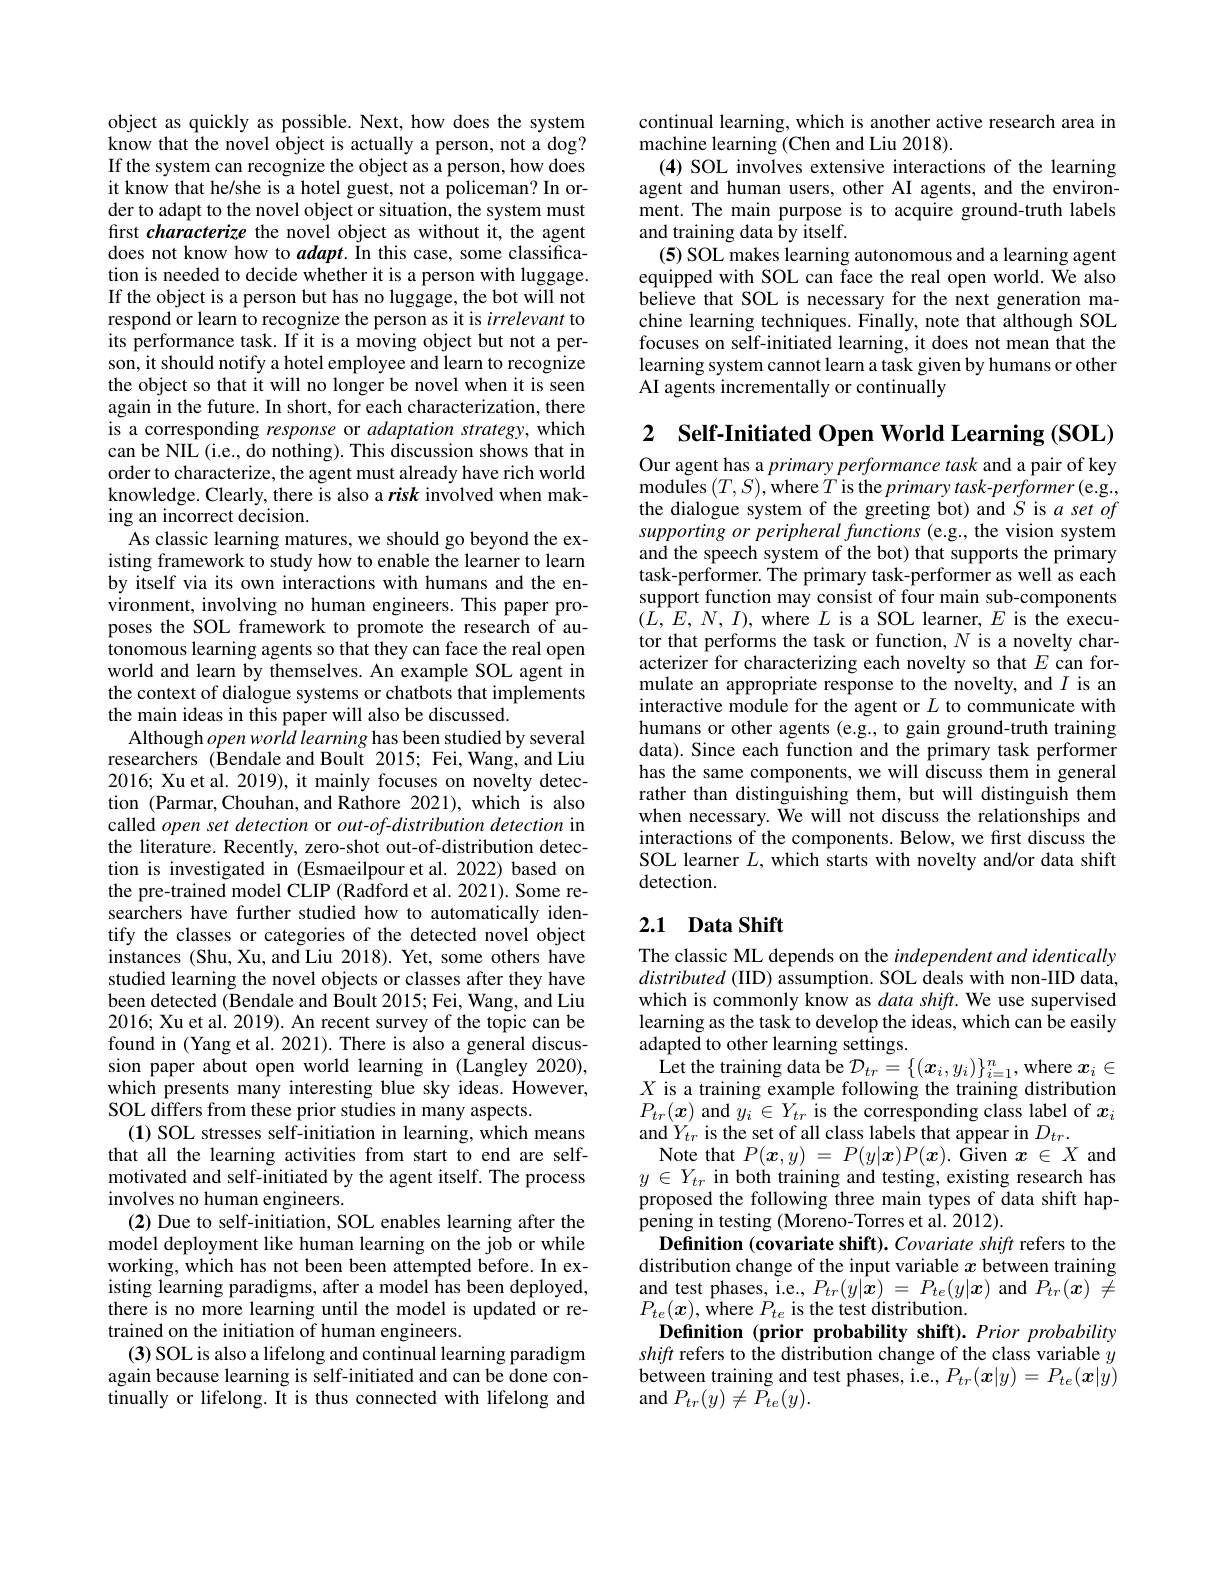
object as quickly as possible. Next, how does the system know that the novel object is actually a person, not a dog? If the system can recognize the object as a person, how does it know that he/she is a hotel guest, not a policeman? In order to adapt to the novel object or situation, the system must first characterize the novel object as without it, the agent does not know how to $adapt.$ In this case, some classification is needed to decide whether it is a person with luggage. If the object is a person but has no luggage, the bot will not respond or learn to recognize the person as it is irrelevant to its performance task. If it is a moving object but not a person, it should notify a hotel employee and learn to recognize the object so that it will no longer be novel when it is seen again in the future. In short, for each characterization, there is a corresponding response or adaptation strategy, which can be NIL (i.e., do nothing). This discussion shows that in order to characterize, the agent must already have rich world knowledge. Clearly, there is also a risk involved when making an incorrect decision.
As classic learning matures, we should go beyond the existing framework to study how to enable the learner to learn by itself via its own interactions with humans and the environment, involving no human engineers. This paper proposes the SOL framework to promote the research of autonomous learning agents so that they can face the real open world and learn by themselves. An example SOL agent in the context of dialogue systems or chatbots that implements the main ideas in this paper will also be discussed.
Although $openworld\textit{learning has been studied by several}$ researchers (Bendale and Boult 2015; Fei, Wang, and Liu 2016; Xu et al. 2019), it mainly focuses on novelty detection (Parmar,Chouhan,and Rathore 2021), which is also called open set detection or out-of-distribution detection in the literature. Recently, zero-shot out-of-distribution detection is investigated in (Esmaeilpour et al. 2022) based on the pre-trained model CLIP (Radford et al. 2021). Some researchers have further studied how to automatically identify the classes or categories of the detected novel object instances (Shu, Xu, and Liu 2018). Yet, some others have studied learning the novel objects or classes after they have been detected (Bendale and Boult 2015; Fei, Wang, and Liu 2016; Xu et al. 2019). An recent survey of the topic can be found in (Yang et al. 2021). There is also a general discussion paper about open world learning in (Langley 2020), which presents many interesting blue sky ideas. However, SOL differs from these prior studies in many aspects.
(1) SOL stresses self-initiation in learning, which means that all the learning activities from start to end are selfmotivated and self-initiated by the agent itself. The process involves no human engineers.
(2) Due to self-initiation, SOL enables learning after the model deployment like human learning on the job or while working, which has not been been attempted before. In existing learning paradigms, after a model has been deployed, there is no more learning until the model is updated or retrained on the initiation of human engineers.
(3) SOL is also a lifelong and continual learning paradigm again because learning is self-initiated and can be done continually or lifelong. It is thus connected with lifelong and

continual learning, which is another active research area in
machine learning (Chen and Liu 2018).
(4) SOL involves extensive interactions of the learning agent and human users, other AI agents, and the environment. The main purpose is to acquire ground-truth labels and training data by itself.
(5) SOL makes learning autonomous and a learning agent equipped with SOL can face the real open world. We also believe that SOL is necessary for the next generation machine learning techniques. Finally, note that although SOL focuses on self-initiated learning, it does not mean that the learning system cannot learn a task given by humans or other AI agents incrementally or continually

2 Self-Initiated Open World Learning (SOL)

Our agent has a primary performance task and a pair of key $\operatorname*{modules}\left(T,S\right)$,where$T$is the primary task-performer(e.g., the dialogue system of the greeting bot) and $S$ is $a\textit{set of}$ supporting or peripheral functions (e.g., the vision system and the speech system of the bot) that supports the primary task-performer. The primary task-performer as well as each support function may consist of four main sub-components $(\hat{L},\hat{E},N,I)$, where $L$ is a SOL learner, $E$ is the executor that performs the task or function, $N$ is a novelty characterizer for characterizing each novelty so that $E$ can formulate an appropriate response to the novelty, and $I$ is an interactive module for the agent or $L$ to communicate with humans or other agents (e.g., to gain ground-truth training data). Since each function and the primary task performer has the same components, we will discuss them in general rather than distinguishing them, but will distinguish them when necessary. We will not discuss the relationships and interactions of the components. Below, we first discuss the SOL learner $L$, which starts with novelty and/or data shift detection.

# 2.1 Data Shift

The classic ML depends on the independent and identically distributed (IID) assumption. SOL deals with non-IID data, which is commonly know as data shift. We use supervised learning as the task to develop the ideas, which can be easily adapted to other learning settings.
$\begin{array}{c}\text{Let the training data be }\mathcal{D}_{tr}=\{(x_i,y_i)\}_{i=1}^n,\mathrm{where~}x_i\in\\X\text{ is a training example following the training distribution}\end{array}$ $P_{tr}(\boldsymbol{x})$ and $y_i\in Y_{tr}$ is the corresponding class label of $x_i$ and $Y_{tr}$ is the set of all class labels that appear in $D_{tr}.$
Note that $P( \boldsymbol{x}, y)$ = $P( y| \boldsymbol{x}) P( \boldsymbol{x}) .$ Given $x$ $\in$ $X$ and $y$ $\in$ $Y_{tr}$ in both training and testing, existing research has proposed the following three main types of data shift happening in testing (Moreno-Torres et al. 2012).
Definition (covariate shift). Covariate shift refers to the distribution change of the input variable $x$ between training and test phases, i.e., $P_{tr}(y|\tilde{\boldsymbol{x}})=P_{te}(y|\boldsymbol{x})$ and $P_{tr}(\boldsymbol{x})\not=$ $P_{te}(\boldsymbol{x})$, where $P_te$ is the test distribution
Definition (prior probability shift). Prior probability shift refers to the distribution change of the class variable $y$ between training and test phases, i.e., $P_tr(\boldsymbol{x}|y)=P_{te}(\boldsymbol{x}|\bar{y})$ and $P_{tr}(y)\neq P_{te}(y).$